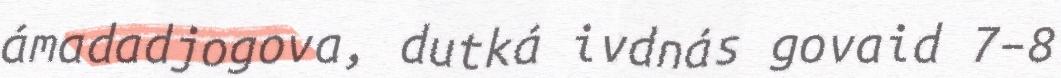
ámadadjogova, dutká ivdnás govaid 7–8